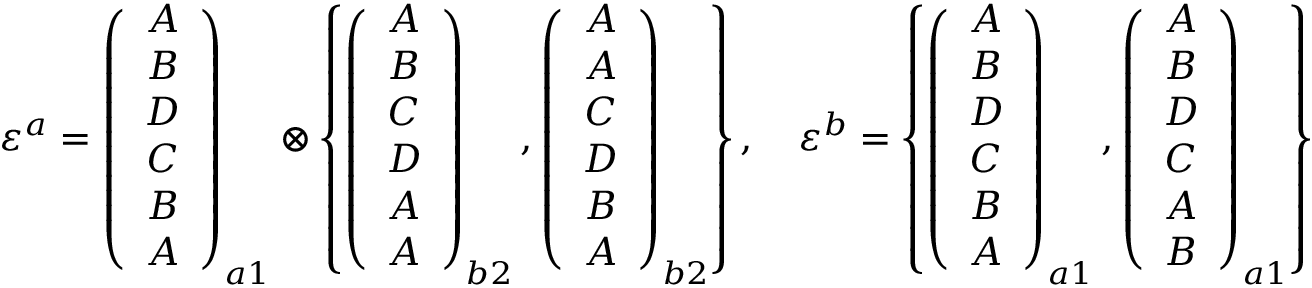
\begin{array} { r } { \varepsilon ^ { a } = \left( \begin{array} { c } { A } \\ { B } \\ { D } \\ { C } \\ { B } \\ { A } \end{array} \right) _ { a 1 } \otimes \left\{ \left( \begin{array} { c } { A } \\ { B } \\ { C } \\ { D } \\ { A } \\ { A } \end{array} \right) _ { b 2 } , \left( \begin{array} { c } { A } \\ { A } \\ { C } \\ { D } \\ { B } \\ { A } \end{array} \right) _ { b 2 } \right\} , \quad \varepsilon ^ { b } = \left\{ \left( \begin{array} { c } { A } \\ { B } \\ { D } \\ { C } \\ { B } \\ { A } \end{array} \right) _ { a 1 } , \left( \begin{array} { c } { A } \\ { B } \\ { D } \\ { C } \\ { A } \\ { B } \end{array} \right) _ { a 1 } \right\} \otimes \left( \begin{array} { c } { A } \\ { B } \\ { C } \\ { D } \\ { A } \\ { A } \end{array} \right) _ { b 2 } } \end{array}